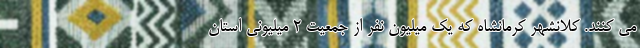
می کنند. کلانشهر کرمانشاه که یک میلیون نفر از جمعیت ۲ میلیونی استان